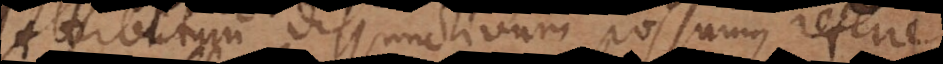
Attributum disjunctivum possumus referre